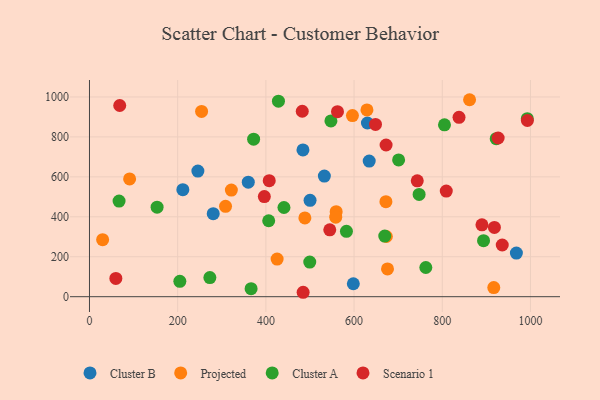
{"axis": {"x": "Price", "y": "Exam Score"}, "legend": ["Cluster A", "Cluster B", "Projected", "Scenario 1"], "data": [{"x": "500.2", "y": 482.2, "type": "Cluster B"}, {"x": "598.3", "y": 64.7, "type": "Cluster B"}, {"x": "280.6", "y": 415.4, "type": "Cluster B"}, {"x": "634.3", "y": 679.0, "type": "Cluster B"}, {"x": "968.1", "y": 218.3, "type": "Cluster B"}, {"x": "630.3", "y": 869.5, "type": "Cluster B"}, {"x": "360.1", "y": 573.5, "type": "Cluster B"}, {"x": "211.7", "y": 535.6, "type": "Cluster B"}, {"x": "532.6", "y": 603.9, "type": "Cluster B"}, {"x": "484.1", "y": 734.8, "type": "Cluster B"}, {"x": "245.8", "y": 629.1, "type": "Cluster B"}, {"x": "672.2", "y": 475.5, "type": "Projected"}, {"x": "29.8", "y": 285.6, "type": "Projected"}, {"x": "308.5", "y": 452.5, "type": "Projected"}, {"x": "425.5", "y": 188.4, "type": "Projected"}, {"x": "91.0", "y": 589.4, "type": "Projected"}, {"x": "629.2", "y": 934.8, "type": "Projected"}, {"x": "559.4", "y": 425.5, "type": "Projected"}, {"x": "488.4", "y": 394.3, "type": "Projected"}, {"x": "675.8", "y": 138.9, "type": "Projected"}, {"x": "861.9", "y": 986.1, "type": "Projected"}, {"x": "596.3", "y": 906.5, "type": "Projected"}, {"x": "558.4", "y": 398.1, "type": "Projected"}, {"x": "916.8", "y": 45.5, "type": "Projected"}, {"x": "254.2", "y": 927.5, "type": "Projected"}, {"x": "321.7", "y": 533.8, "type": "Projected"}, {"x": "673.2", "y": 301.4, "type": "Projected"}, {"x": "499.5", "y": 173.4, "type": "Cluster A"}, {"x": "747.5", "y": 511.9, "type": "Cluster A"}, {"x": "441.0", "y": 446.6, "type": "Cluster A"}, {"x": "893.6", "y": 280.2, "type": "Cluster A"}, {"x": "992.8", "y": 891.0, "type": "Cluster A"}, {"x": "67.1", "y": 478.6, "type": "Cluster A"}, {"x": "204.9", "y": 76.7, "type": "Cluster A"}, {"x": "762.7", "y": 146.1, "type": "Cluster A"}, {"x": "582.7", "y": 327.4, "type": "Cluster A"}, {"x": "805.0", "y": 860.3, "type": "Cluster A"}, {"x": "428.5", "y": 978.9, "type": "Cluster A"}, {"x": "153.3", "y": 448.4, "type": "Cluster A"}, {"x": "701.0", "y": 684.5, "type": "Cluster A"}, {"x": "547.5", "y": 879.9, "type": "Cluster A"}, {"x": "372.2", "y": 788.6, "type": "Cluster A"}, {"x": "273.0", "y": 95.5, "type": "Cluster A"}, {"x": "922.3", "y": 791.3, "type": "Cluster A"}, {"x": "366.5", "y": 40.0, "type": "Cluster A"}, {"x": "669.6", "y": 303.5, "type": "Cluster A"}, {"x": "406.4", "y": 380.3, "type": "Cluster A"}, {"x": "918.2", "y": 346.9, "type": "Scenario 1"}, {"x": "544.9", "y": 334.7, "type": "Scenario 1"}, {"x": "407.6", "y": 580.9, "type": "Scenario 1"}, {"x": "562.4", "y": 926.2, "type": "Scenario 1"}, {"x": "890.0", "y": 359.6, "type": "Scenario 1"}, {"x": "59.8", "y": 91.2, "type": "Scenario 1"}, {"x": "482.5", "y": 928.5, "type": "Scenario 1"}, {"x": "396.5", "y": 501.0, "type": "Scenario 1"}, {"x": "672.6", "y": 759.5, "type": "Scenario 1"}, {"x": "926.7", "y": 794.6, "type": "Scenario 1"}, {"x": "68.6", "y": 957.2, "type": "Scenario 1"}, {"x": "936.0", "y": 258.8, "type": "Scenario 1"}, {"x": "648.6", "y": 862.6, "type": "Scenario 1"}, {"x": "838.0", "y": 898.1, "type": "Scenario 1"}, {"x": "993.0", "y": 882.0, "type": "Scenario 1"}, {"x": "743.3", "y": 579.9, "type": "Scenario 1"}, {"x": "809.1", "y": 528.9, "type": "Scenario 1"}, {"x": "484.5", "y": 22.1, "type": "Scenario 1"}]}